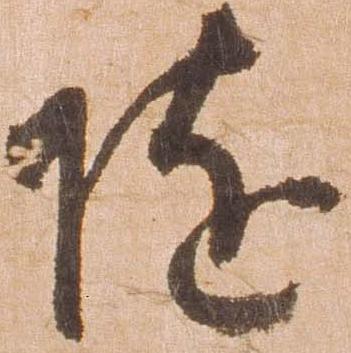
随